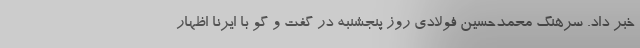
خبر داد. سرهنگ محمدحسین فولادی روز پنجشنبه در گفت و گو با ایرنا اظهار